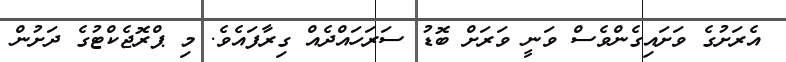
އެރަށުގެ ވަށައިގެންވެސް ވަނީ ވަރަށް ބޮޑު ސަރަހައްދެއް ގިރާފައެވެ. މި ޕްރޮޖެކްޓުގެ ދަށުން